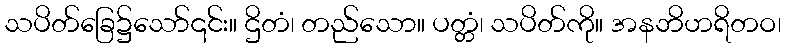
သပိတ်ခြေ၌သော်၎င်း။ ဌိတံ၊ တည်သော။ ပတ္တံ၊ သပိတ်ကို။ အနဘိဟရိတဝ၊